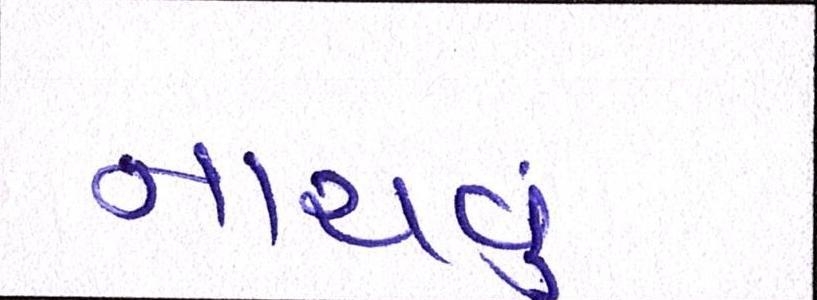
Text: નાચવું